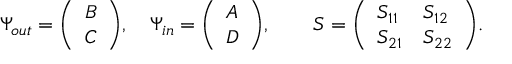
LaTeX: \Psi _ { o u t } = { \left( \begin{array} { l } { B } \\ { C } \end{array} \right) } , \quad \Psi _ { i n } = { \left( \begin{array} { l } { A } \\ { D } \end{array} \right) } , \qquad S = { \left( \begin{array} { l l } { S _ { 1 1 } } & { S _ { 1 2 } } \\ { S _ { 2 1 } } & { S _ { 2 2 } } \end{array} \right) } .